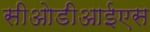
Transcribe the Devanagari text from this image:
सीओडीआईएस